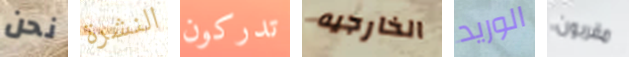
نحن النشرة تدركون الخارجيه الوريد مقربون